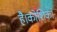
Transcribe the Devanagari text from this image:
है।कोशिका